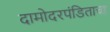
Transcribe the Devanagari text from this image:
दामोदरपंडिताचा